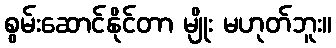
စွမ်းဆောင်နိုင်တာ မျိုး မဟုတ်ဘူး။